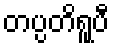
တပ္ပတိရူပီ